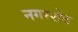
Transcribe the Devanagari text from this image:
नगरशेठ